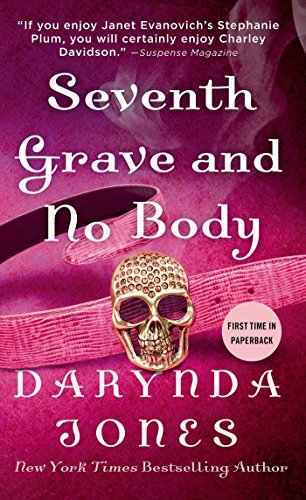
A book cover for Seventh Grave and No Body (Charley Davidson); Darynda Jones; Mystery, Thriller & Suspense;